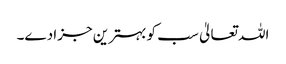
اللہ تعالیٰ سب کو بہترین جزا دے۔